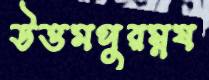
উত্তমপুরম্নষ